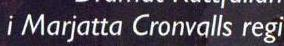
i Marjatta Cronvalls regi